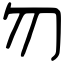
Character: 勿